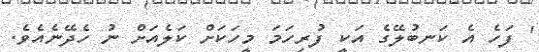
' ފަހެ އެ ކަނބުލޭގެ އަކީ ފުރިހަމަ މީހަކަށް ކަލެއަށް ނު ހެދޭނެއެވެ.